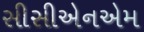
સીસીએનએમ